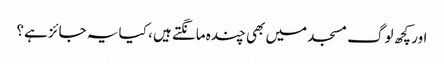
اور کچھ لوگ مسجد میں بھی چندہ مانگتے ہیں ، کیا یہ جائز ہے؟